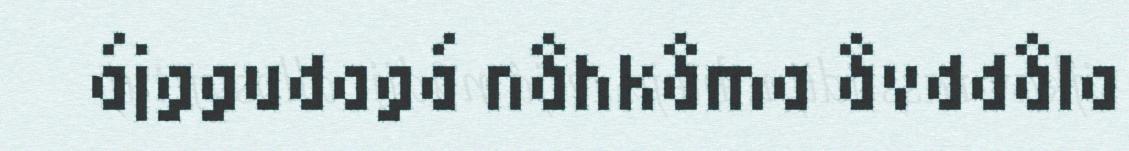
ájggudagá nåhkåma åvddåla